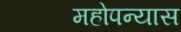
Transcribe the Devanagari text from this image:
महोपन्यास